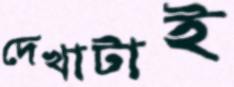
দেখাটাই